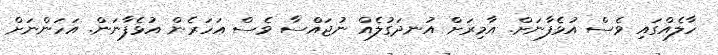
ހާލެއްގައި ވެސް އުޅެފާނަށް. އާމިރަށް އުނދަގުލެއް ނުޖައްސާ ވެސް އަހަރެން އުޅެފާނަން. އަހަންނަށް